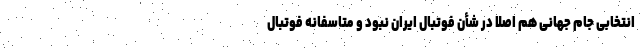
انتخابی جام جهانی هم اصلاً در شأن فوتبال ایران نبود و متاسفانه فوتبال